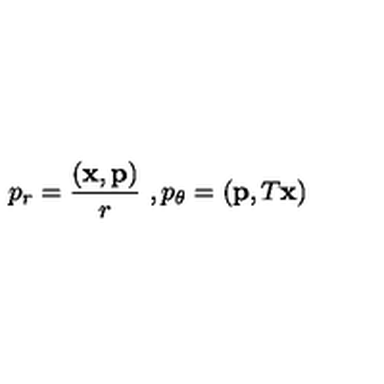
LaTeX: p _ { r } = \frac { ( { \bf x } , { \bf p } ) } { r } \ , p _ { \theta } = ( { \bf p } , T { \bf x } )